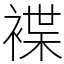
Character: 褋